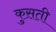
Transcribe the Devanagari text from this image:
कुस़ती